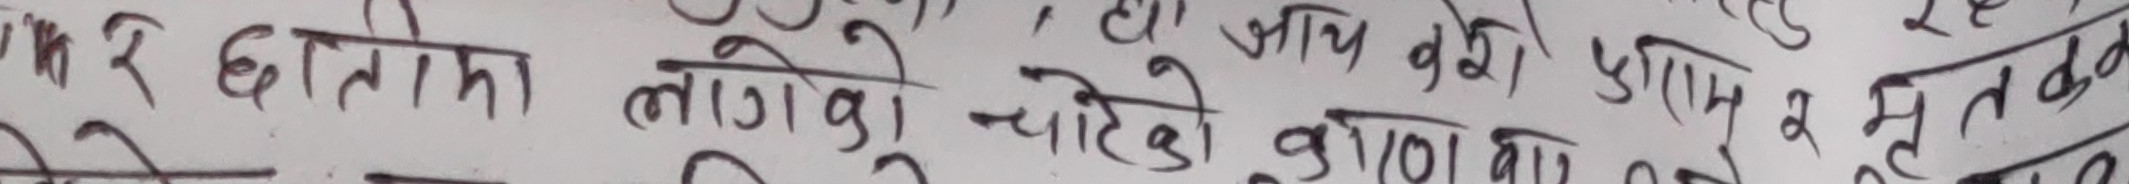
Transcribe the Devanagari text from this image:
मरे छातोमा लोगोको चाहेको काणामा या र युक्त